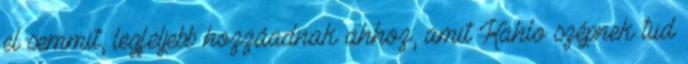
el semmit, legfeljebb hozzáadnak ahhoz, amit Kahlo szépnek tud